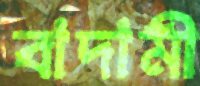
বাদামী